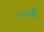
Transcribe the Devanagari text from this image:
१०३वी